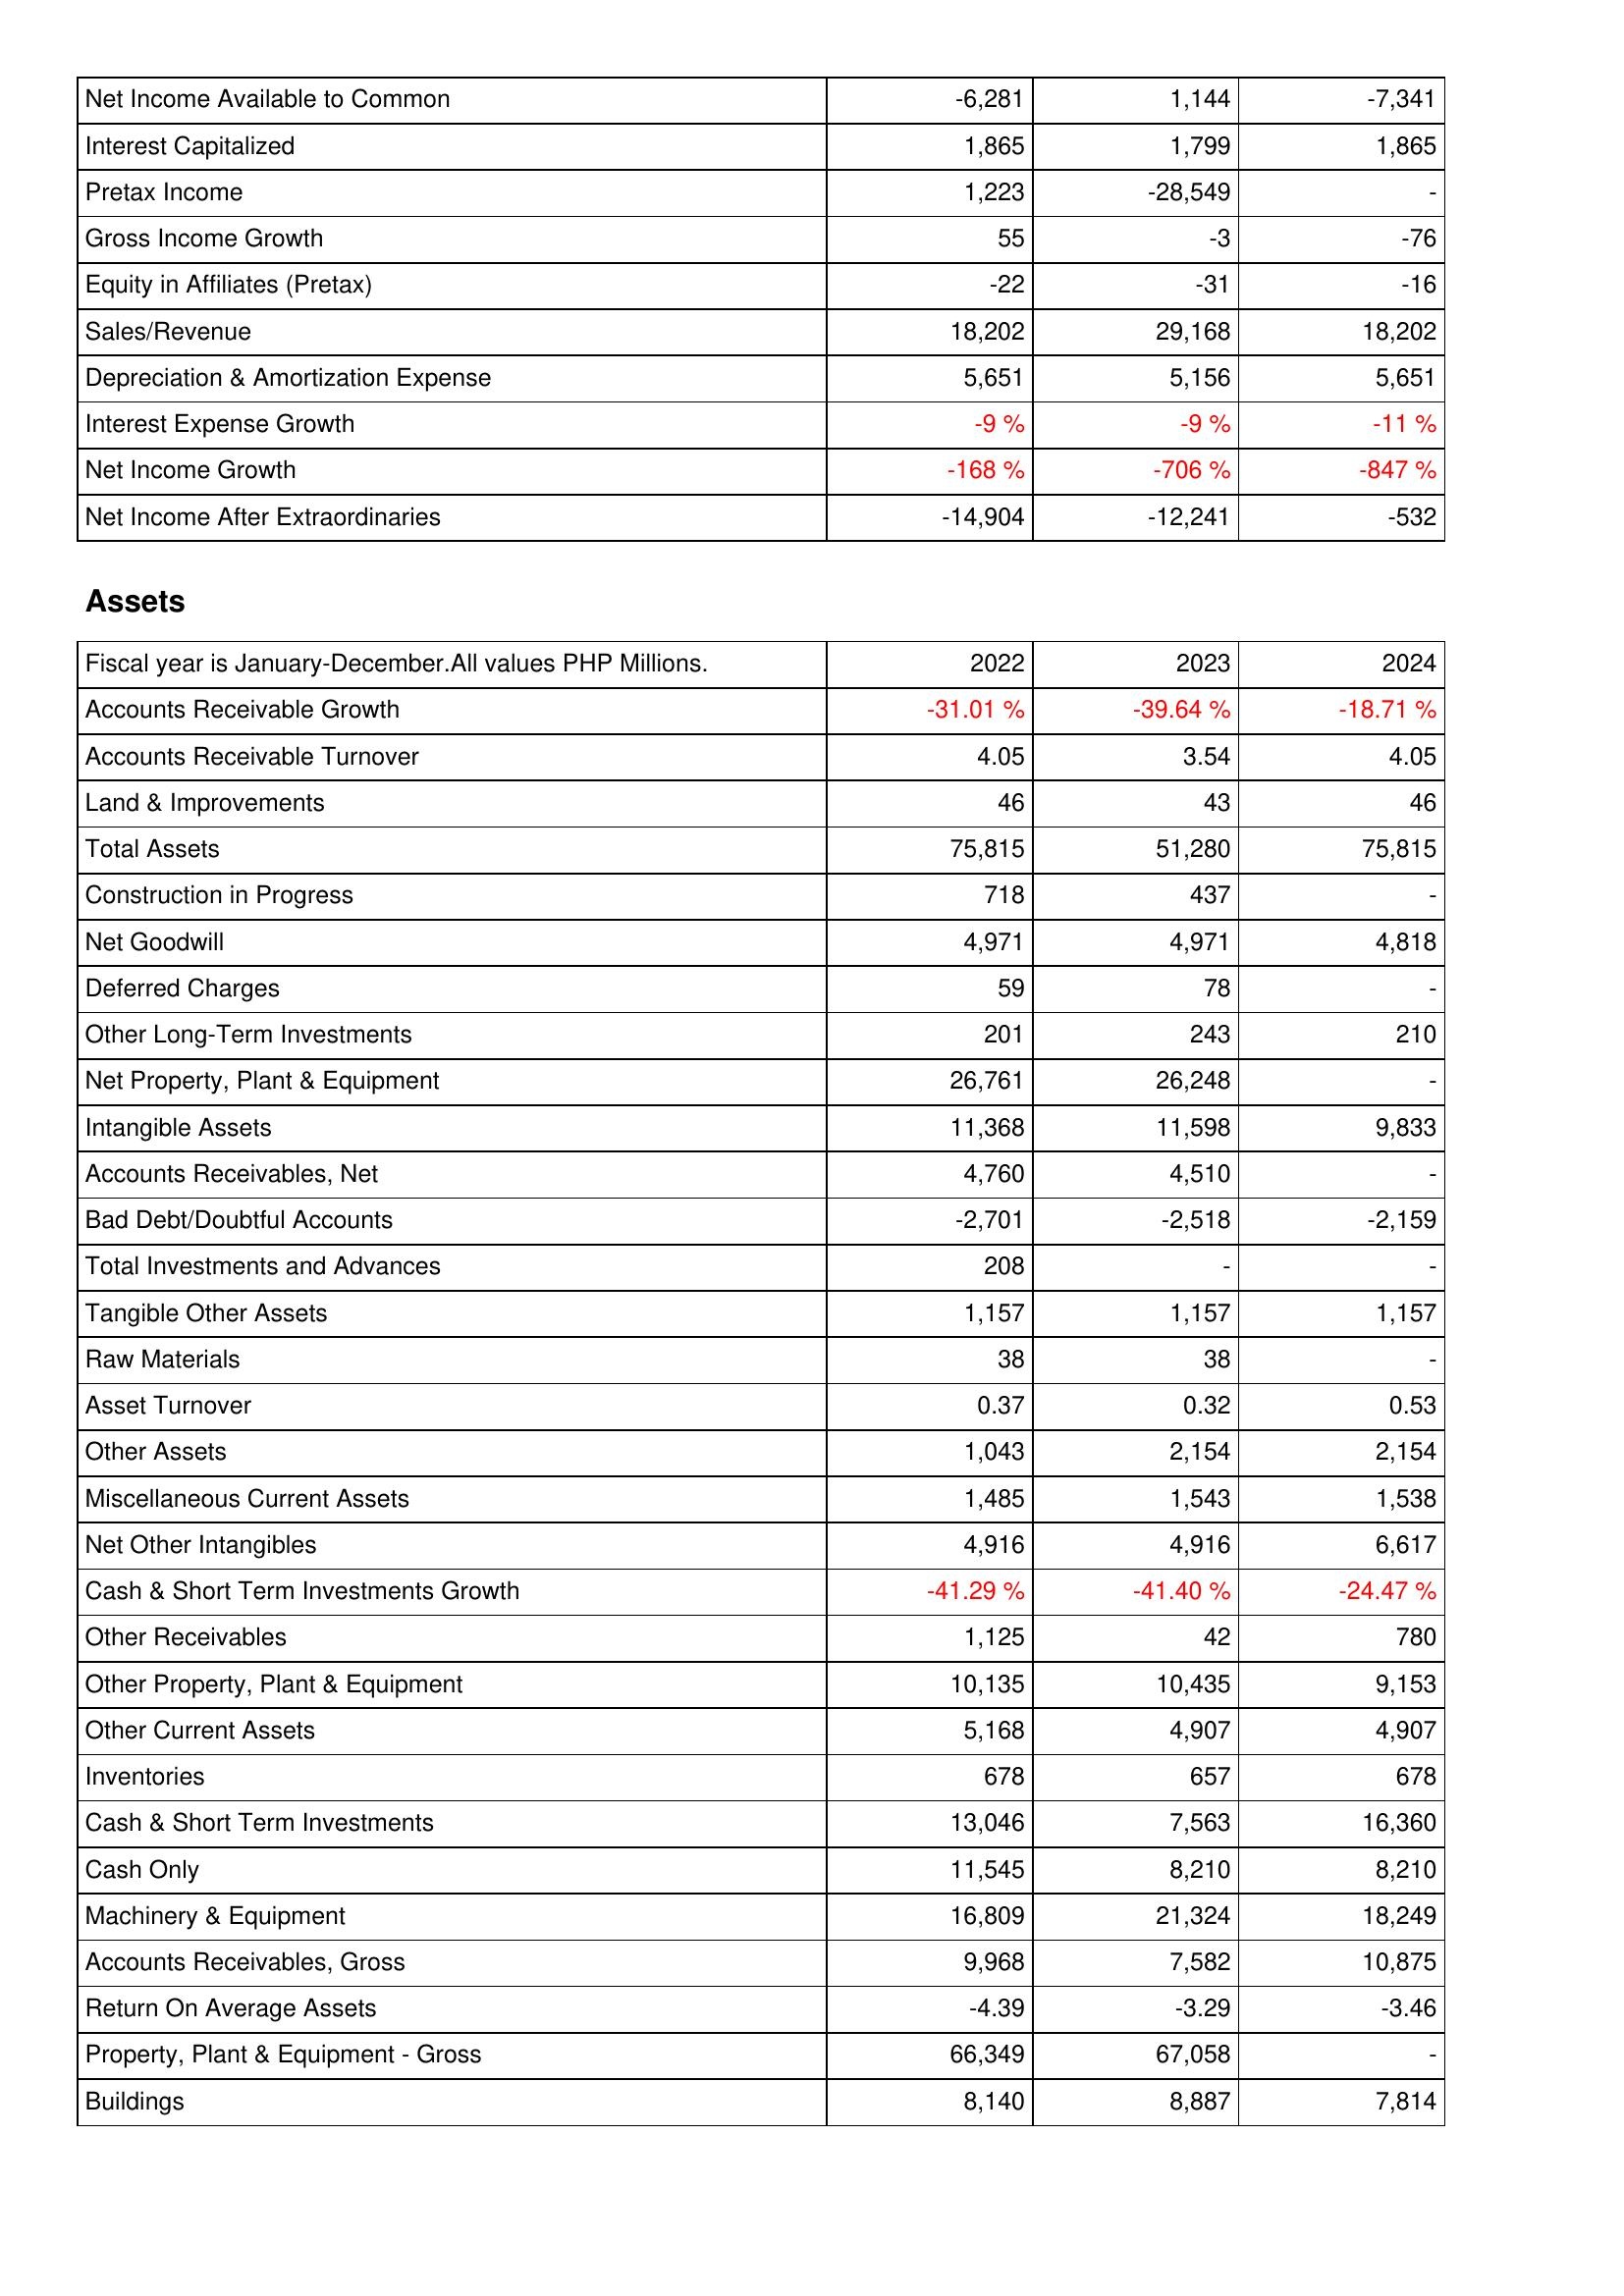
2022: Income Statement: Net Income Available to Common: -6,281
Interest Capitalized: 1,865
Pretax Income: 1,223
Gross Income Growth: 55
Equity in Affiliates (Pretax): -22
Sales/Revenue: 18,202
Depreciation & Amortization Expense: 5,651
Interest Expense Growth: -9 %
Net Income Growth: -168 %
Net Income After Extraordinaries: -14,904
Assets: Accounts Receivable Growth: -31.01 %
Accounts Receivable Turnover: 4.05
Land & Improvements: 46
Total Assets: 75,815
Construction in Progress: 718
Net Goodwill: 4,971
Deferred Charges: 59
Other Long-Term Investments: 201
Net Property, Plant & Equipment: 26,761
Intangible Assets: 11,368
Accounts Receivables, Net: 4,760
Bad Debt/Doubtful Accounts: -2,701
Total Investments and Advances: 208
Tangible Other Assets: 1,157
Raw Materials: 38
Asset Turnover: 0.37
Other Assets: 1,043
Miscellaneous Current Assets: 1,485
Net Other Intangibles: 4,916
Cash & Short Term Investments Growth: -41.29 %
Other Receivables: 1,125
Other Property, Plant & Equipment: 10,135
Other Current Assets: 5,168
Inventories: 678
Cash & Short Term Investments: 13,046
Cash Only: 11,545
Machinery & Equipment: 16,809
Accounts Receivables, Gross: 9,968
Return On Average Assets: -4.39
Property, Plant & Equipment - Gross: 66,349
Buildings: 8,140
2023: Income Statement: Net Income Available to Common: 1,144
Interest Capitalized: 1,799
Pretax Income: -28,549
Gross Income Growth: -3
Equity in Affiliates (Pretax): -31
Sales/Revenue: 29,168
Depreciation & Amortization Expense: 5,156
Interest Expense Growth: -9 %
Net Income Growth: -706 %
Net Income After Extraordinaries: -12,241
Assets: Accounts Receivable Growth: -39.64 %
Accounts Receivable Turnover: 3.54
Land & Improvements: 43
Total Assets: 51,280
Construction in Progress: 437
Net Goodwill: 4,971
Deferred Charges: 78
Other Long-Term Investments: 243
Net Property, Plant & Equipment: 26,248
Intangible Assets: 11,598
Accounts Receivables, Net: 4,510
Bad Debt/Doubtful Accounts: -2,518
Total Investments and Advances: -
Tangible Other Assets: 1,157
Raw Materials: 38
Asset Turnover: 0.32
Other Assets: 2,154
Miscellaneous Current Assets: 1,543
Net Other Intangibles: 4,916
Cash & Short Term Investments Growth: -41.40 %
Other Receivables: 42
Other Property, Plant & Equipment: 10,435
Other Current Assets: 4,907
Inventories: 657
Cash & Short Term Investments: 7,563
Cash Only: 8,210
Machinery & Equipment: 21,324
Accounts Receivables, Gross: 7,582
Return On Average Assets: -3.29
Property, Plant & Equipment - Gross: 67,058
Buildings: 8,887
2024: Income Statement: Net Income Available to Common: -7,341
Interest Capitalized: 1,865
Pretax Income: -
Gross Income Growth: -76
Equity in Affiliates (Pretax): -16
Sales/Revenue: 18,202
Depreciation & Amortization Expense: 5,651
Interest Expense Growth: -11 %
Net Income Growth: -847 %
Net Income After Extraordinaries: -532
Assets: Accounts Receivable Growth: -18.71 %
Accounts Receivable Turnover: 4.05
Land & Improvements: 46
Total Assets: 75,815
Construction in Progress: -
Net Goodwill: 4,818
Deferred Charges: -
Other Long-Term Investments: 210
Net Property, Plant & Equipment: -
Intangible Assets: 9,833
Accounts Receivables, Net: -
Bad Debt/Doubtful Accounts: -2,159
Total Investments and Advances: -
Tangible Other Assets: 1,157
Raw Materials: -
Asset Turnover: 0.53
Other Assets: 2,154
Miscellaneous Current Assets: 1,538
Net Other Intangibles: 6,617
Cash & Short Term Investments Growth: -24.47 %
Other Receivables: 780
Other Property, Plant & Equipment: 9,153
Other Current Assets: 4,907
Inventories: 678
Cash & Short Term Investments: 16,360
Cash Only: 8,210
Machinery & Equipment: 18,249
Accounts Receivables, Gross: 10,875
Return On Average Assets: -3.46
Property, Plant & Equipment - Gross: -
Buildings: 7,814